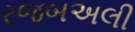
રજબઅલી